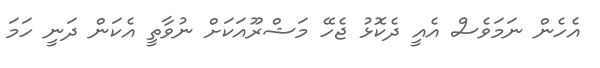
އެހެން ނަމަވެސް އެއީ ދެކޮޅު ޖެހޭ މަޝްރޫއަކަށް ނުވާތީ އެކަން ދަނީ ހަމަ